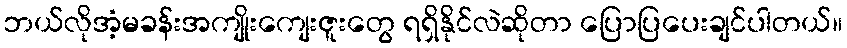
ဘယ်လိုအံ့မခန်းအကျိုးကျေးဇူးတွေ ရရှိနိုင်လဲဆိုတာ ပြောပြပေးချင်ပါတယ်။